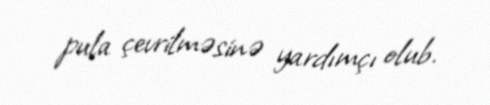
pula çevrilməsinə yardımçı olub.